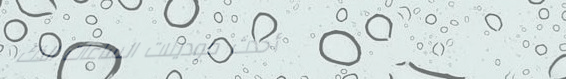
أحدث موديلات الساعات الذك